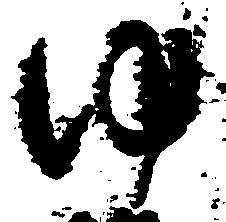
ゆ